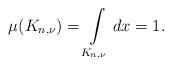
\begin{align*}\mu(K_{n,\nu})=\int\limits_{K_{n,\nu}}dx=1.\end{align*}